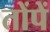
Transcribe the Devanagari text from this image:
तोंपें